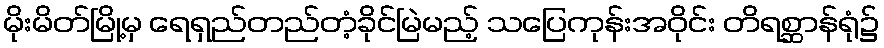
မိုးမိတ်မြို့မှ ရေရှည်တည်တံ့ခိုင်မြဲမည့် သပြေကုန်းအဝိုင်း တိရစ္ဆာန်ရုံ၌